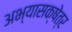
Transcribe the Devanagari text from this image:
अभ्यासक्षेत्र